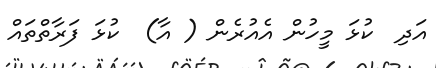
އަދި  ކުޅަ މީހުން އެއުރެން ( އާ)  ކުޅަ ފަރާތްތައް